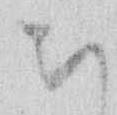
ち